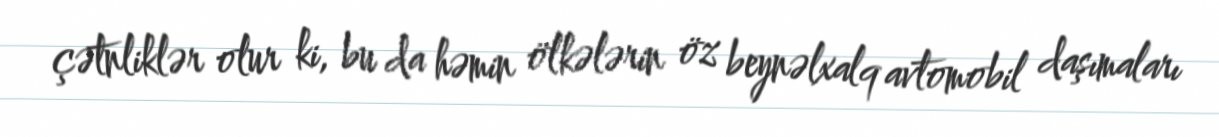
çətnliklər olur ki, bu da həmin ölkələrin öz beynəlxalq avtomobil daşımaları